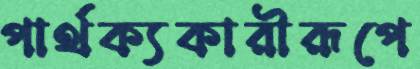
পার্থক্যকারীরূপে